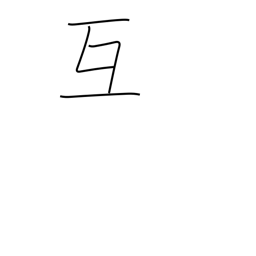
Meaning: mutually